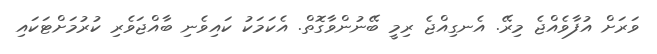
ވަރަށް އުފާވެއްޖެ މިރޭ. އެނގިއްޖެ ރިމީ ބޭނުންވާގޮތް. އެކަމަކު ކައިވެނި ބާއްޖަވެރި ކުރުމަށްޓަކައި